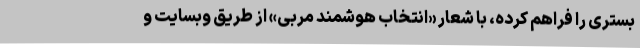
بستری را فراهم کرده، با شعار «انتخاب هوشمند مربی» از طریق وبسایت و